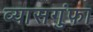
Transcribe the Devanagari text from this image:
व्यासगुंफा